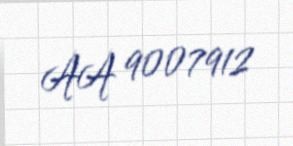
AA 9007912